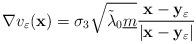
LaTeX: \begin{align*}\nabla v_{\varepsilon}(\mathbf{x}) = \sigma_3 \sqrt{\tilde{\lambda}_0 \underline{m}} \frac{\mathbf{x}-\mathbf{y}_{\varepsilon}}{|\mathbf{x}-\mathbf{y}_{\varepsilon}|}\end{align*}